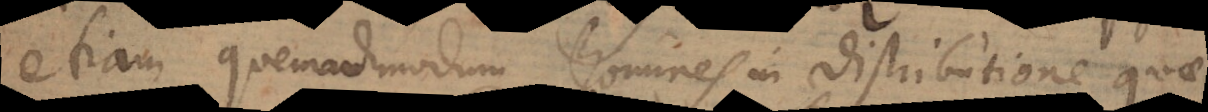
etiam quemadmodum homines in distributione quae